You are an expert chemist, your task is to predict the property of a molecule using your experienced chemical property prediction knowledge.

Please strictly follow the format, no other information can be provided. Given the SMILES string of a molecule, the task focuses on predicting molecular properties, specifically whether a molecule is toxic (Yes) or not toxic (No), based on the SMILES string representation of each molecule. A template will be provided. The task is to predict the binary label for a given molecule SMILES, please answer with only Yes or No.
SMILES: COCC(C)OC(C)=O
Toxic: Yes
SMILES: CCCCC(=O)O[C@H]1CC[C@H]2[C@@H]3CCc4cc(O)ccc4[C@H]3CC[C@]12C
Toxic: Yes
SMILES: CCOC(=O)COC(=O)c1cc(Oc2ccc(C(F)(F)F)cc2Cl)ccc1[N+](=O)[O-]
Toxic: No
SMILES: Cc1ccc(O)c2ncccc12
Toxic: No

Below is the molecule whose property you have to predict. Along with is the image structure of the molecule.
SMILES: CN(C)C(=O)Oc1cccc([N+](C)(C)C)c1
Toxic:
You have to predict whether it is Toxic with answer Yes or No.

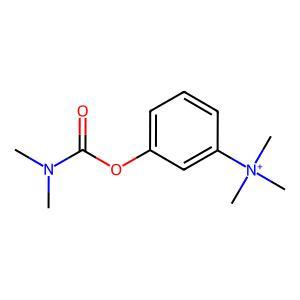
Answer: No